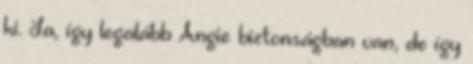
ki. Ja, így legalább Angie biztonságban van, de így